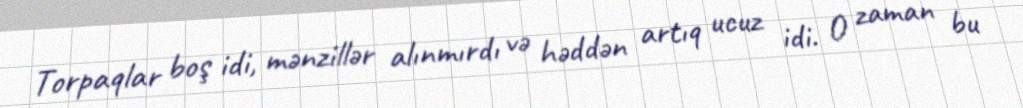
Torpaqlar boş idi, mənzillər alınmırdı və həddən artıq ucuz idi. O zaman bu